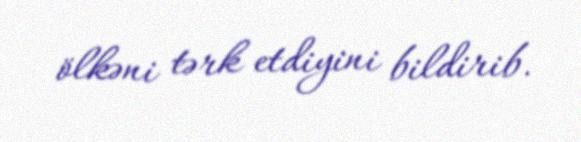
ölkəni tərk etdiyini bildirib.